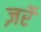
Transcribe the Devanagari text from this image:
ज़र्रे